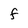
Character: f